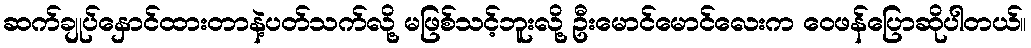
ဆက်ချုပ်နှောင်ထားတာနဲ့ပတ်သက်လို့ မဖြစ်သင့်ဘူးလို့ ဦးမောင်မောင်လေးက ဝေဖန်ပြောဆိုပါတယ်။